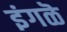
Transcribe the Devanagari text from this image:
इंगळॆ